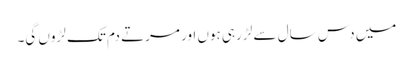
میں دس سال سے لڑ رہی ہوں اور مرتے دم تک لڑوں گی۔